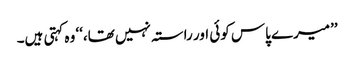
’’میرے پاس کوئی اور راستہ نہیں تھا،‘‘ وہ کہتی ہیں۔